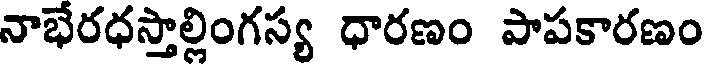
నాభేరధస్తాల్లింగస్య ధారణం పాపకారణం